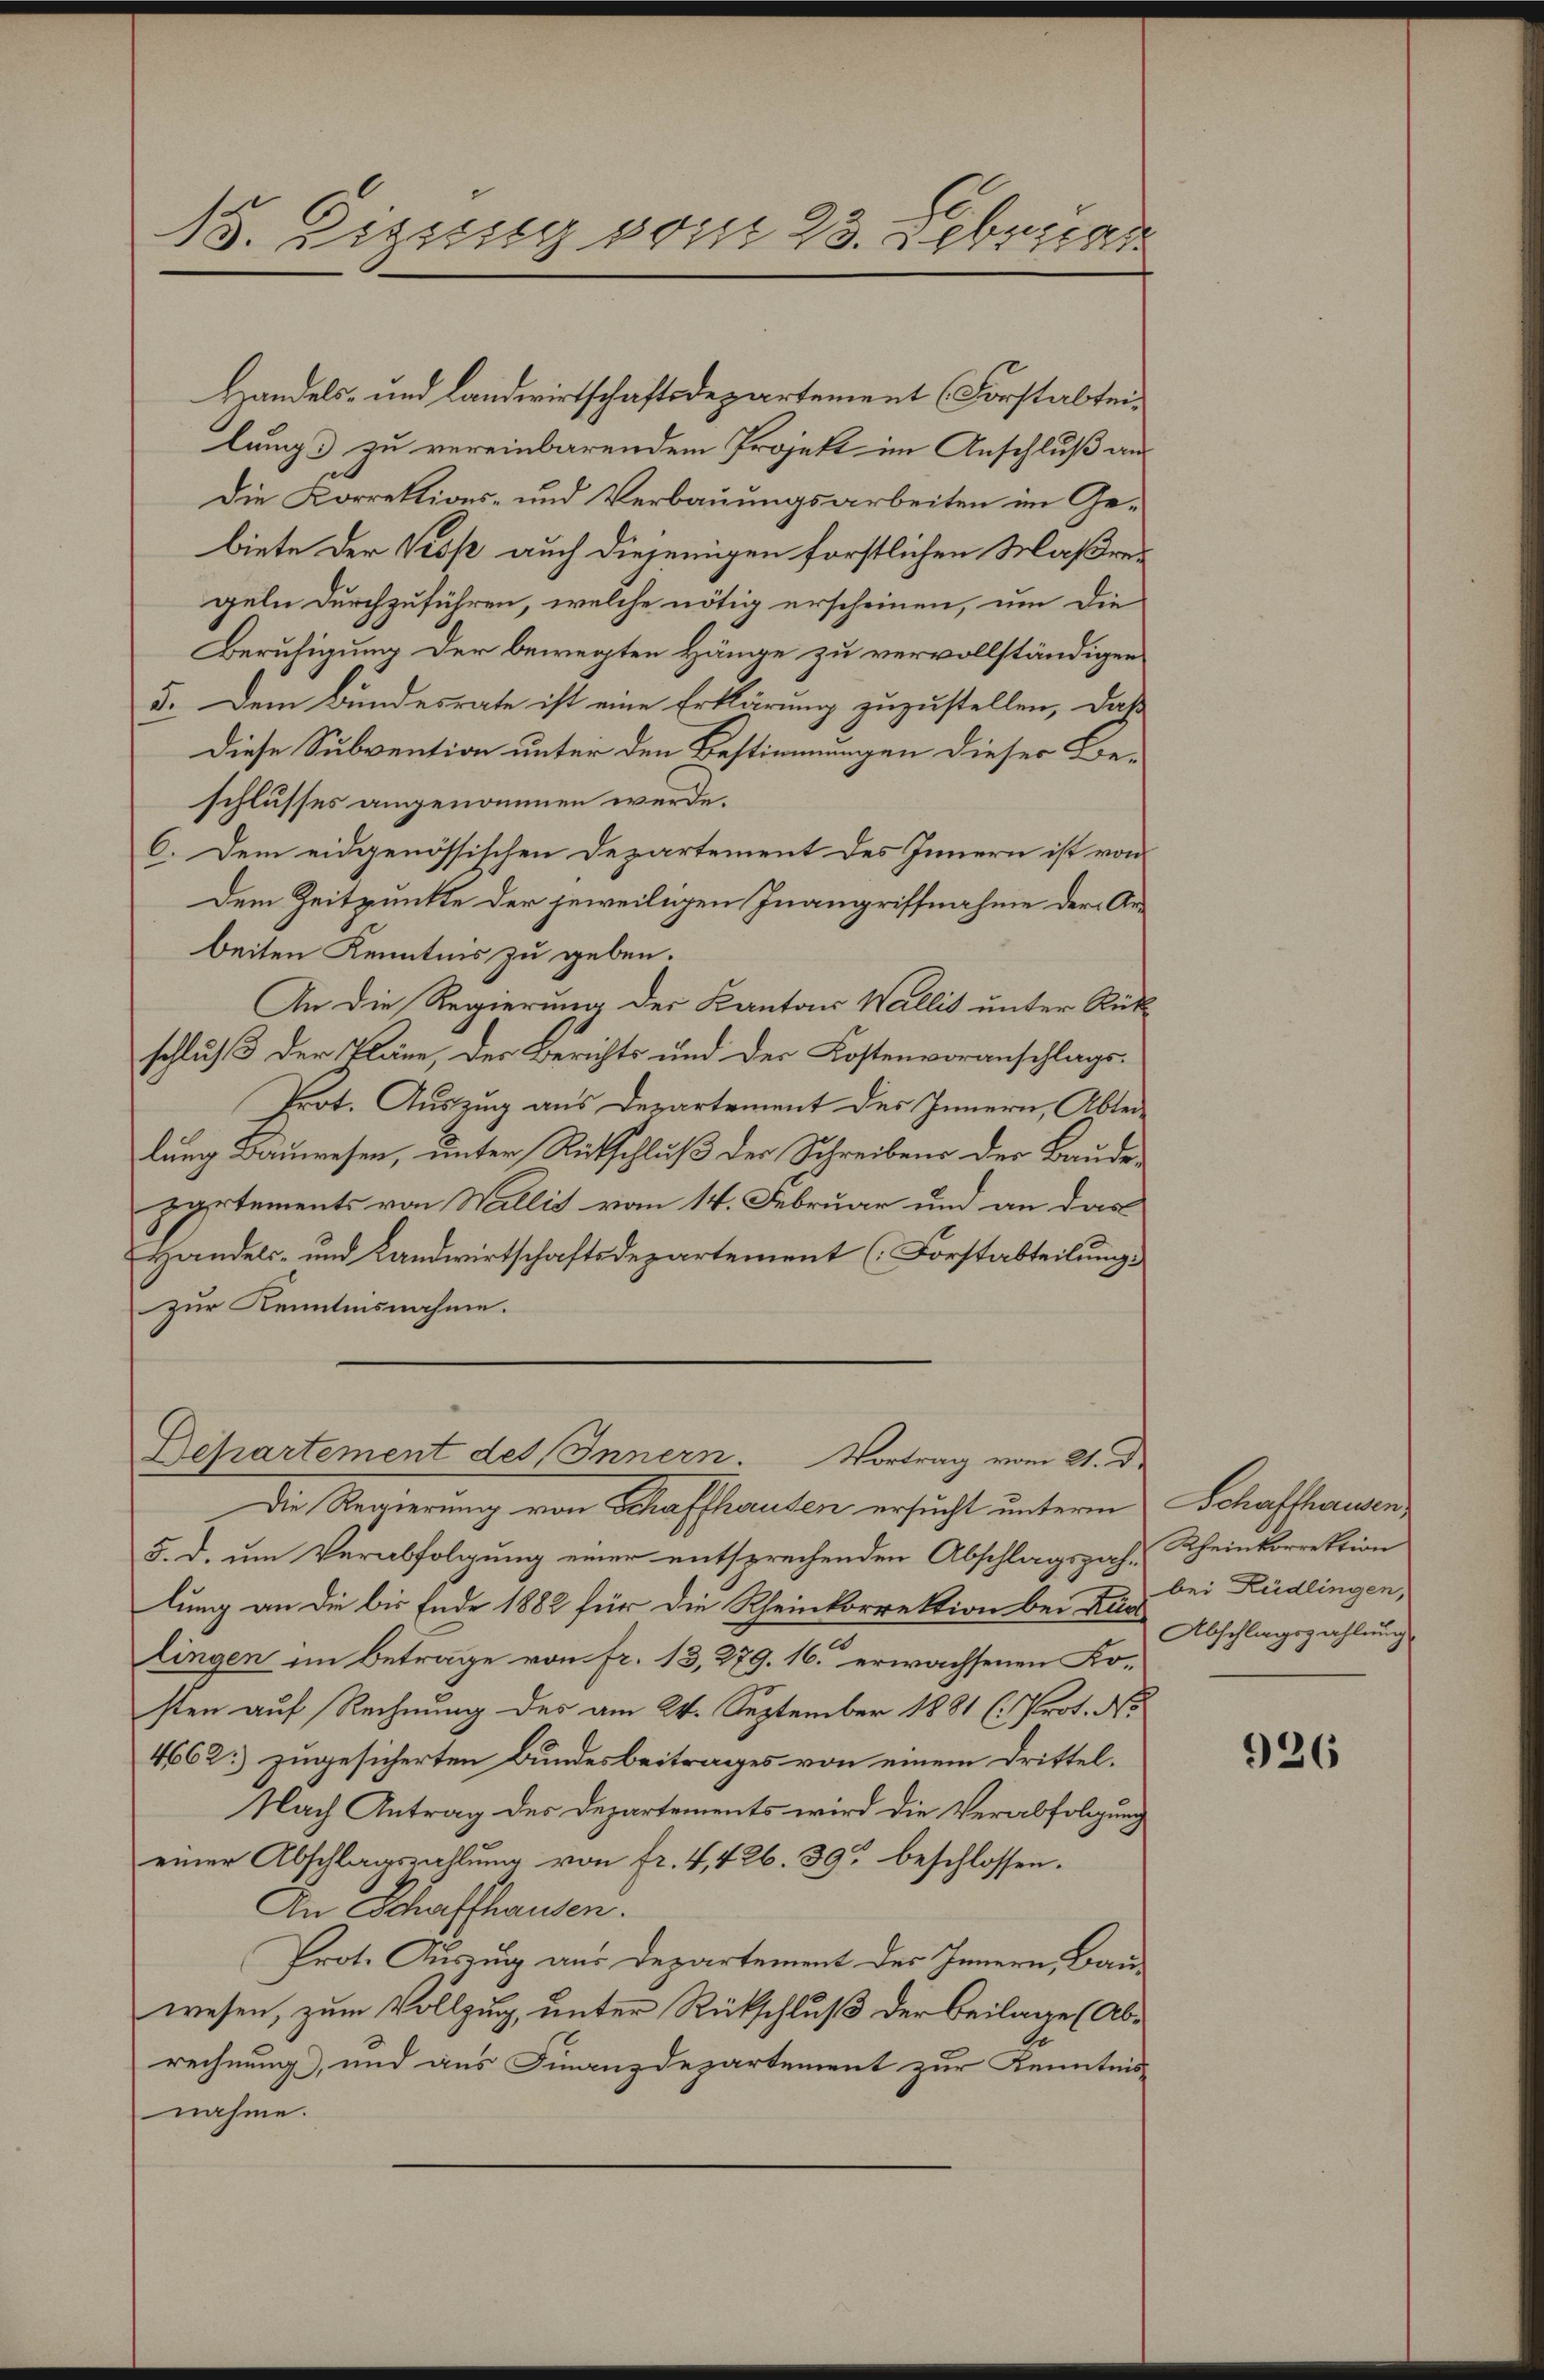
15. Lipsisig vom 23. Febrican

Handels- und Landwirtschaftsdepartement (Forstalten
lung zu vereinbarendem Projekt im Anschluß an
Die Korrektions- und Verbauungsarbeiten im Gebiete der Vesp auch diejenigen forstlichen Maßregeln durchzuführen, welche nötig erscheinen, um die
Beruhigung der bewegten Hänge zu vervollständigen
5. Dem Bundesrate ist eine Erklärung zuzustellen, daß
Diese Subvention unter den Bestimmungen dieser Beschlusses angenommen werde.
6. Dem eidgenössischen Departement des Innern ist von
Dem Zeitpunkte der jeweiligen Inangriffnahme der Anbeiten Kenntnis zu geben.
An die Regierung der Kantons Wallis unter Rück-
schluß der Pläne, der Berichts und der Kostenvoranschlags-
Prot. Auszug aus Departement des Innern, Abteilung Bauwesen, unter Rückschluß der Schreibens der Baude
partements von Wallis vom 14. Februar und an das
Handels- und Landwirtschaftsdepartement (Forstabteilung:
zur Kenntnisnahme.

Departement des Innern. Vortrag vom 21. De

Die Regierung von Schaffhausen ersucht unterm
5. d. um Verabfolgung einer entsprechenden Abschlagszah-Rheinkorrektion
lung an die bis Ende 1882 für die Rheinkorrektion bei Rec
lingen im Betrage von fr. 13, 279. 16. erwachsenen Kosten auf Rechnung des am 24. September 1881 (: Prot. No
4662. zugesicherten Bundesbeitrages von einem Drittel¬
Nach Antrag des Departements wird die Verabfolgung
einer Abschlagszahlung von fr. 4, 426. 39 beschlossen.
An Schaffhausen.
Prot. Auszug aus Departement des Innern, Bauwesen, zum Vollzug, unter Rückschluß der Beilage (Abrechnung, und aus Finanzdepartement zur Kenntnis
nahme.

Schaffhausen,
bei Rüdlingen,
Abschlagszahlung

926